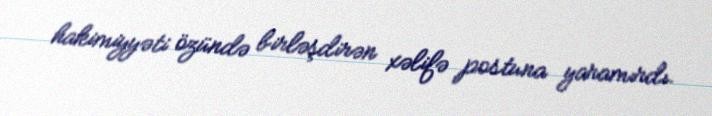
hakimiyyəti özündə birləşdirən xəlifə postuna yaramırdı.